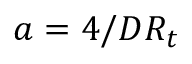
a = 4 / D R _ { t }